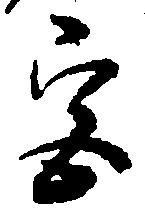
宮